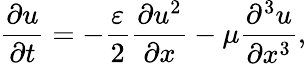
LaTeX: \frac{\partial u}{\partial t}=-\frac{\varepsilon}{2}\frac{\partial u^{2}}{\partial x}-\mu\frac{\partial^{3}u}{\partial x^{3}},